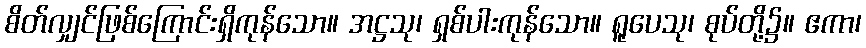
စိတ်လျှင်ဖြစ်ကြောင်းရှိကုန်သော။ အဋ္ဌသု၊ ရှစ်ပါးကုန်သော။ ရူပေသု၊ စုပ်တို့၌။ ဧကာ၊